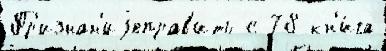
Пр'изнан'иjеправ'ить с 78 кн'и́га